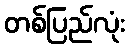
တစ်ပြည်လုံး